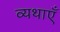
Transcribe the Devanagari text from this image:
व्यथाएँ